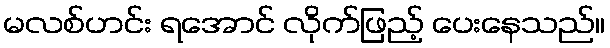
မလစ်ဟင်း ရအောင် လိုက်ဖြည့် ပေးနေသည်။